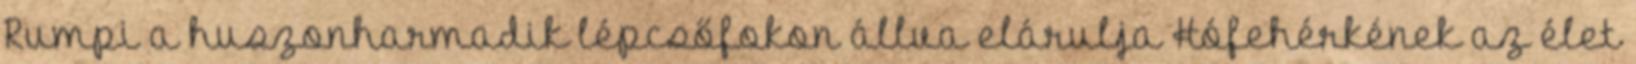
Rumpi a huszonharmadik lépcsőfokon állva elárulja Hófehérkének az élet